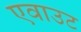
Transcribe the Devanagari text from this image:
एवाउट